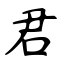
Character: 君